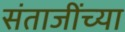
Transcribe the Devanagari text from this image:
संताजींच्या